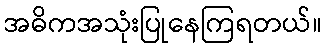
အဓိကအသုံးပြုနေကြရတယ်။